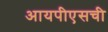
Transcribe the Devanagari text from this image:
आयपीएसची